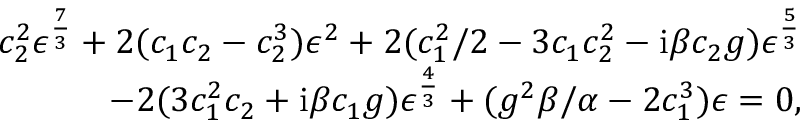
\begin{array} { r } { c _ { 2 } ^ { 2 } \epsilon ^ { \frac { 7 } { 3 } } + 2 ( c _ { 1 } c _ { 2 } - c _ { 2 } ^ { 3 } ) \epsilon ^ { 2 } + 2 ( { c _ { 1 } ^ { 2 } } / { 2 } - 3 c _ { 1 } c _ { 2 } ^ { 2 } - \mathrm { i } \beta c _ { 2 } g ) \epsilon ^ { \frac { 5 } { 3 } } } \\ { - 2 ( 3 c _ { 1 } ^ { 2 } c _ { 2 } + \mathrm { i } \beta c _ { 1 } g ) \epsilon ^ { \frac { 4 } { 3 } } + ( g ^ { 2 } \beta / \alpha - 2 c _ { 1 } ^ { 3 } ) \epsilon = 0 , } \end{array}